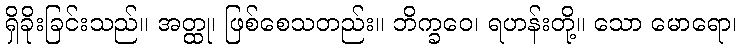
ရှိခိုးခြင်းသည်။ အတ္ထု၊ ဖြစ်စေသတည်း။ ဘိက္ခဝေ၊ ရဟန်းတို့။ သော မောရော၊